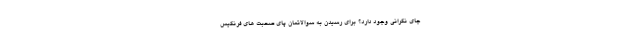
جای نگرانی وجود دارد؟ برای رسیدن به سوالاتمان پای صحبت های فرنگیس